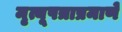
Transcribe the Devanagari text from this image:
मृत्यूपत्राप्रमाणे